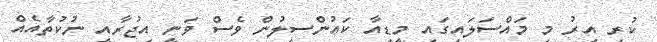
ކުރި އިރު މި މައްސަލައިގައި މީޑިއާ ކައުންސިލުން ވެސް ވަނީ އިޖުރާއީ ނުކުތާއެއް